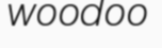
woodoo